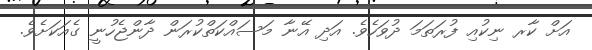
އަށް ކާރ ނިކުއި ފުރަތަމަ ދުވަހެވެ. އަދި އޭނާ މަސައްކަތްކުރަން ދާންޖެހުނީ ގެއަކަށެވެ.